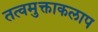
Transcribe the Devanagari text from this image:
तत्वमुक्ताकलाप